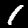
Digit: 1